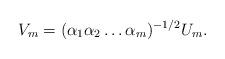
LaTeX: \begin{align*} V_m=(\alpha_1\alpha_2\dots \alpha_m)^{-1/2} U_m.\end{align*}